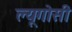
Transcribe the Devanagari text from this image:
ल्यूगोसी